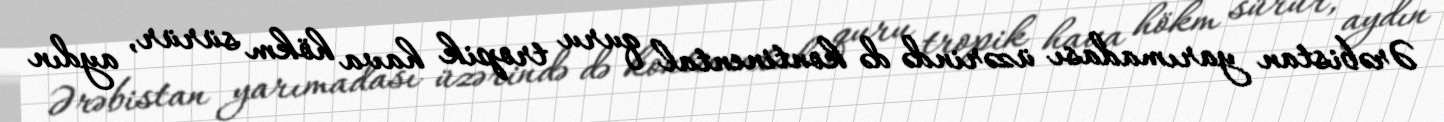
Ərəbistan yarımadası üzərində də kontinental quru tropik hava hökm sürür, aydın